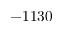
- 1 1 3 0